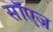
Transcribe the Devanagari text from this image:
सॉएज़